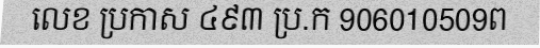
លេខ ប្រកាស ៤៩៣ ប្រ.ក 906010509ព